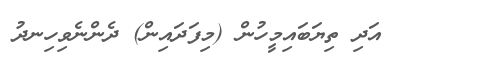
އަދި ތިޔަބައިމީހުން (މިފަދައިން) ދެންނެވިހިނދު